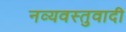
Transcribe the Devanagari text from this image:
नव्यवस्तुवादी